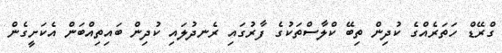
ގްރޭޑް ހަތަރެއްގެ ކުދިން ތިބޭ ކްލާސްތަކުގެ ފާރުގައި ރެނދުލައި ކުދިން ބައިތިއްބަން އެކަށީގެން